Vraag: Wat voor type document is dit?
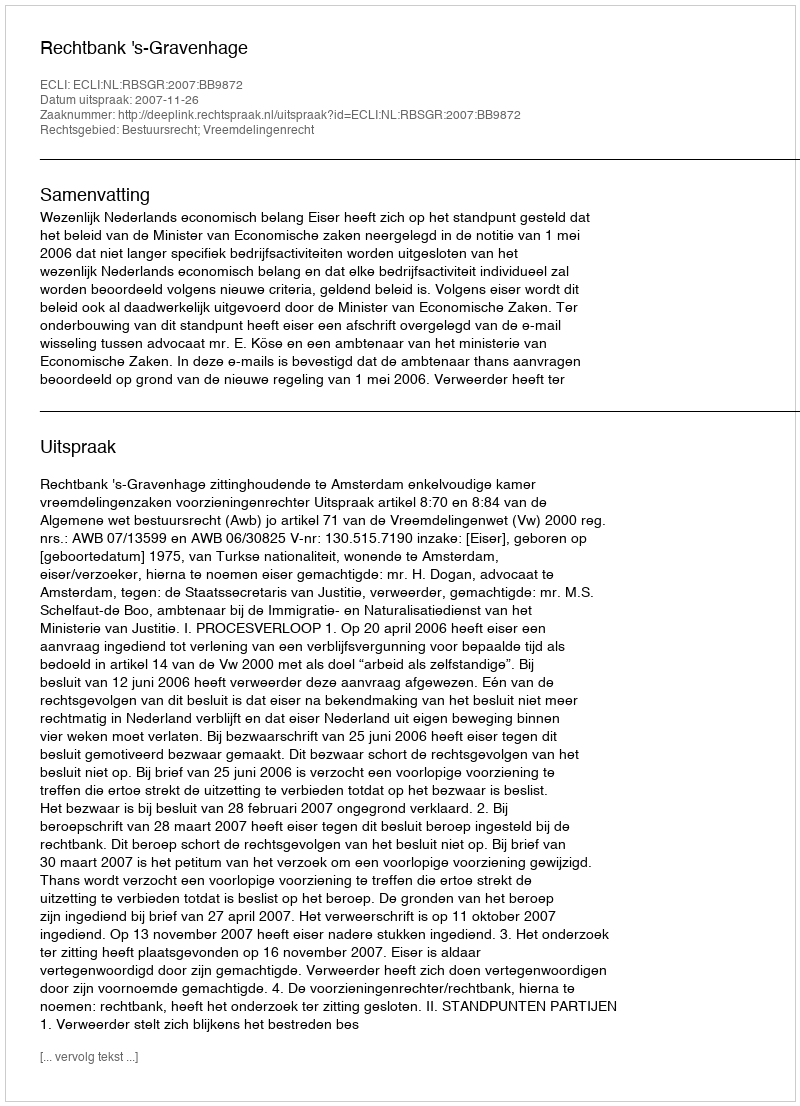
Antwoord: Uitspraak